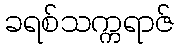
ခရစ်သက္ကရာဇ်